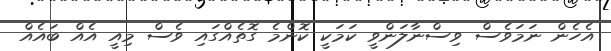
އެހެން ނަމަވެސް ވިސްނާލަންވީ ކަމަކީ ކޮންމެ ގޮތެއްގައި ވެސް މިއީ އެއް ބައެއް